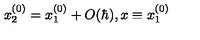
x _ { 2 } ^ { ( 0 ) } = x _ { 1 } ^ { ( 0 ) } + O ( \hbar ) , x \equiv x _ { 1 } ^ { ( 0 ) }